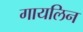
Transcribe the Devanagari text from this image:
गायलिन